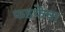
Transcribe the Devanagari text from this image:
फडकेंचा